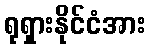
ရုရှားနိုင်ငံအား